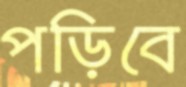
পড়িবে